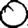
Digit: 0